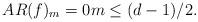
LaTeX: \begin{align*}AR(f)_m=0 m \leq (d-1)/2.\end{align*}